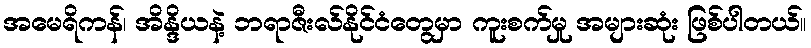
အမေရိကန်၊ အိန္ဒိယနဲ့ ဘရာဇီးလ်နိုင်ငံတွေမှာ ကူးစက်မှု အများဆုံး ဖြစ်ပါတယ်။